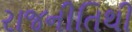
રાજનીતિથી